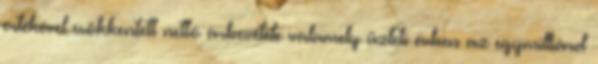
értékével csökkentett nettó árbevétele valamely üzleti évben az egymilliárd